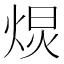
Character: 𭴽